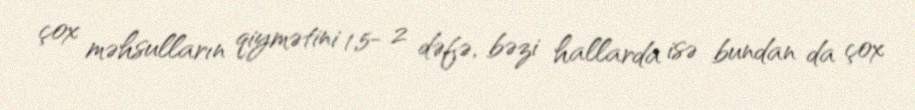
çox məhsulların qiymətini 1,5- 2 dəfə, bəzi hallarda isə bundan da çox